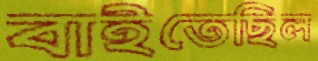
বাইতেছিল